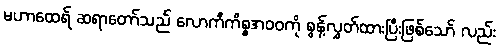
မဟာထေရ် ဆရာတော်သည် လောကီကိစ္စအဝဝကို စွန့်လွှတ်ထားပြီးဖြစ်သော် လည်း